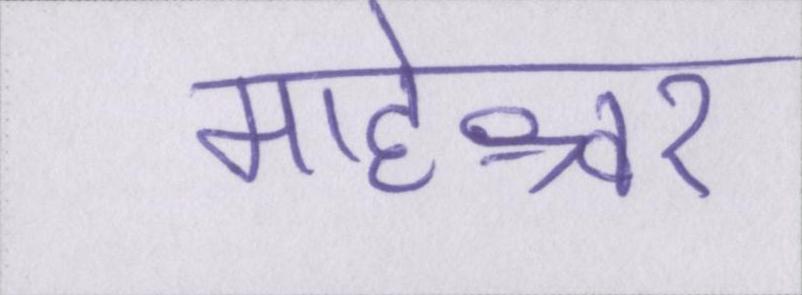
माहेश्वर